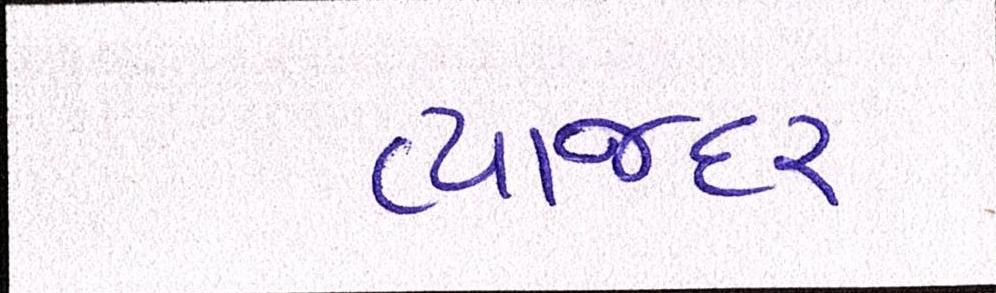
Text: વ્યાજદર